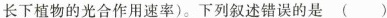
长下植物的光合作用速率)。下列叙述错误的是 ( )。